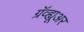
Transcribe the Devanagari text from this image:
ग्रॅव्ह्यूअर